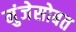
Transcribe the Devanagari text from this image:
मुंजेसोबत